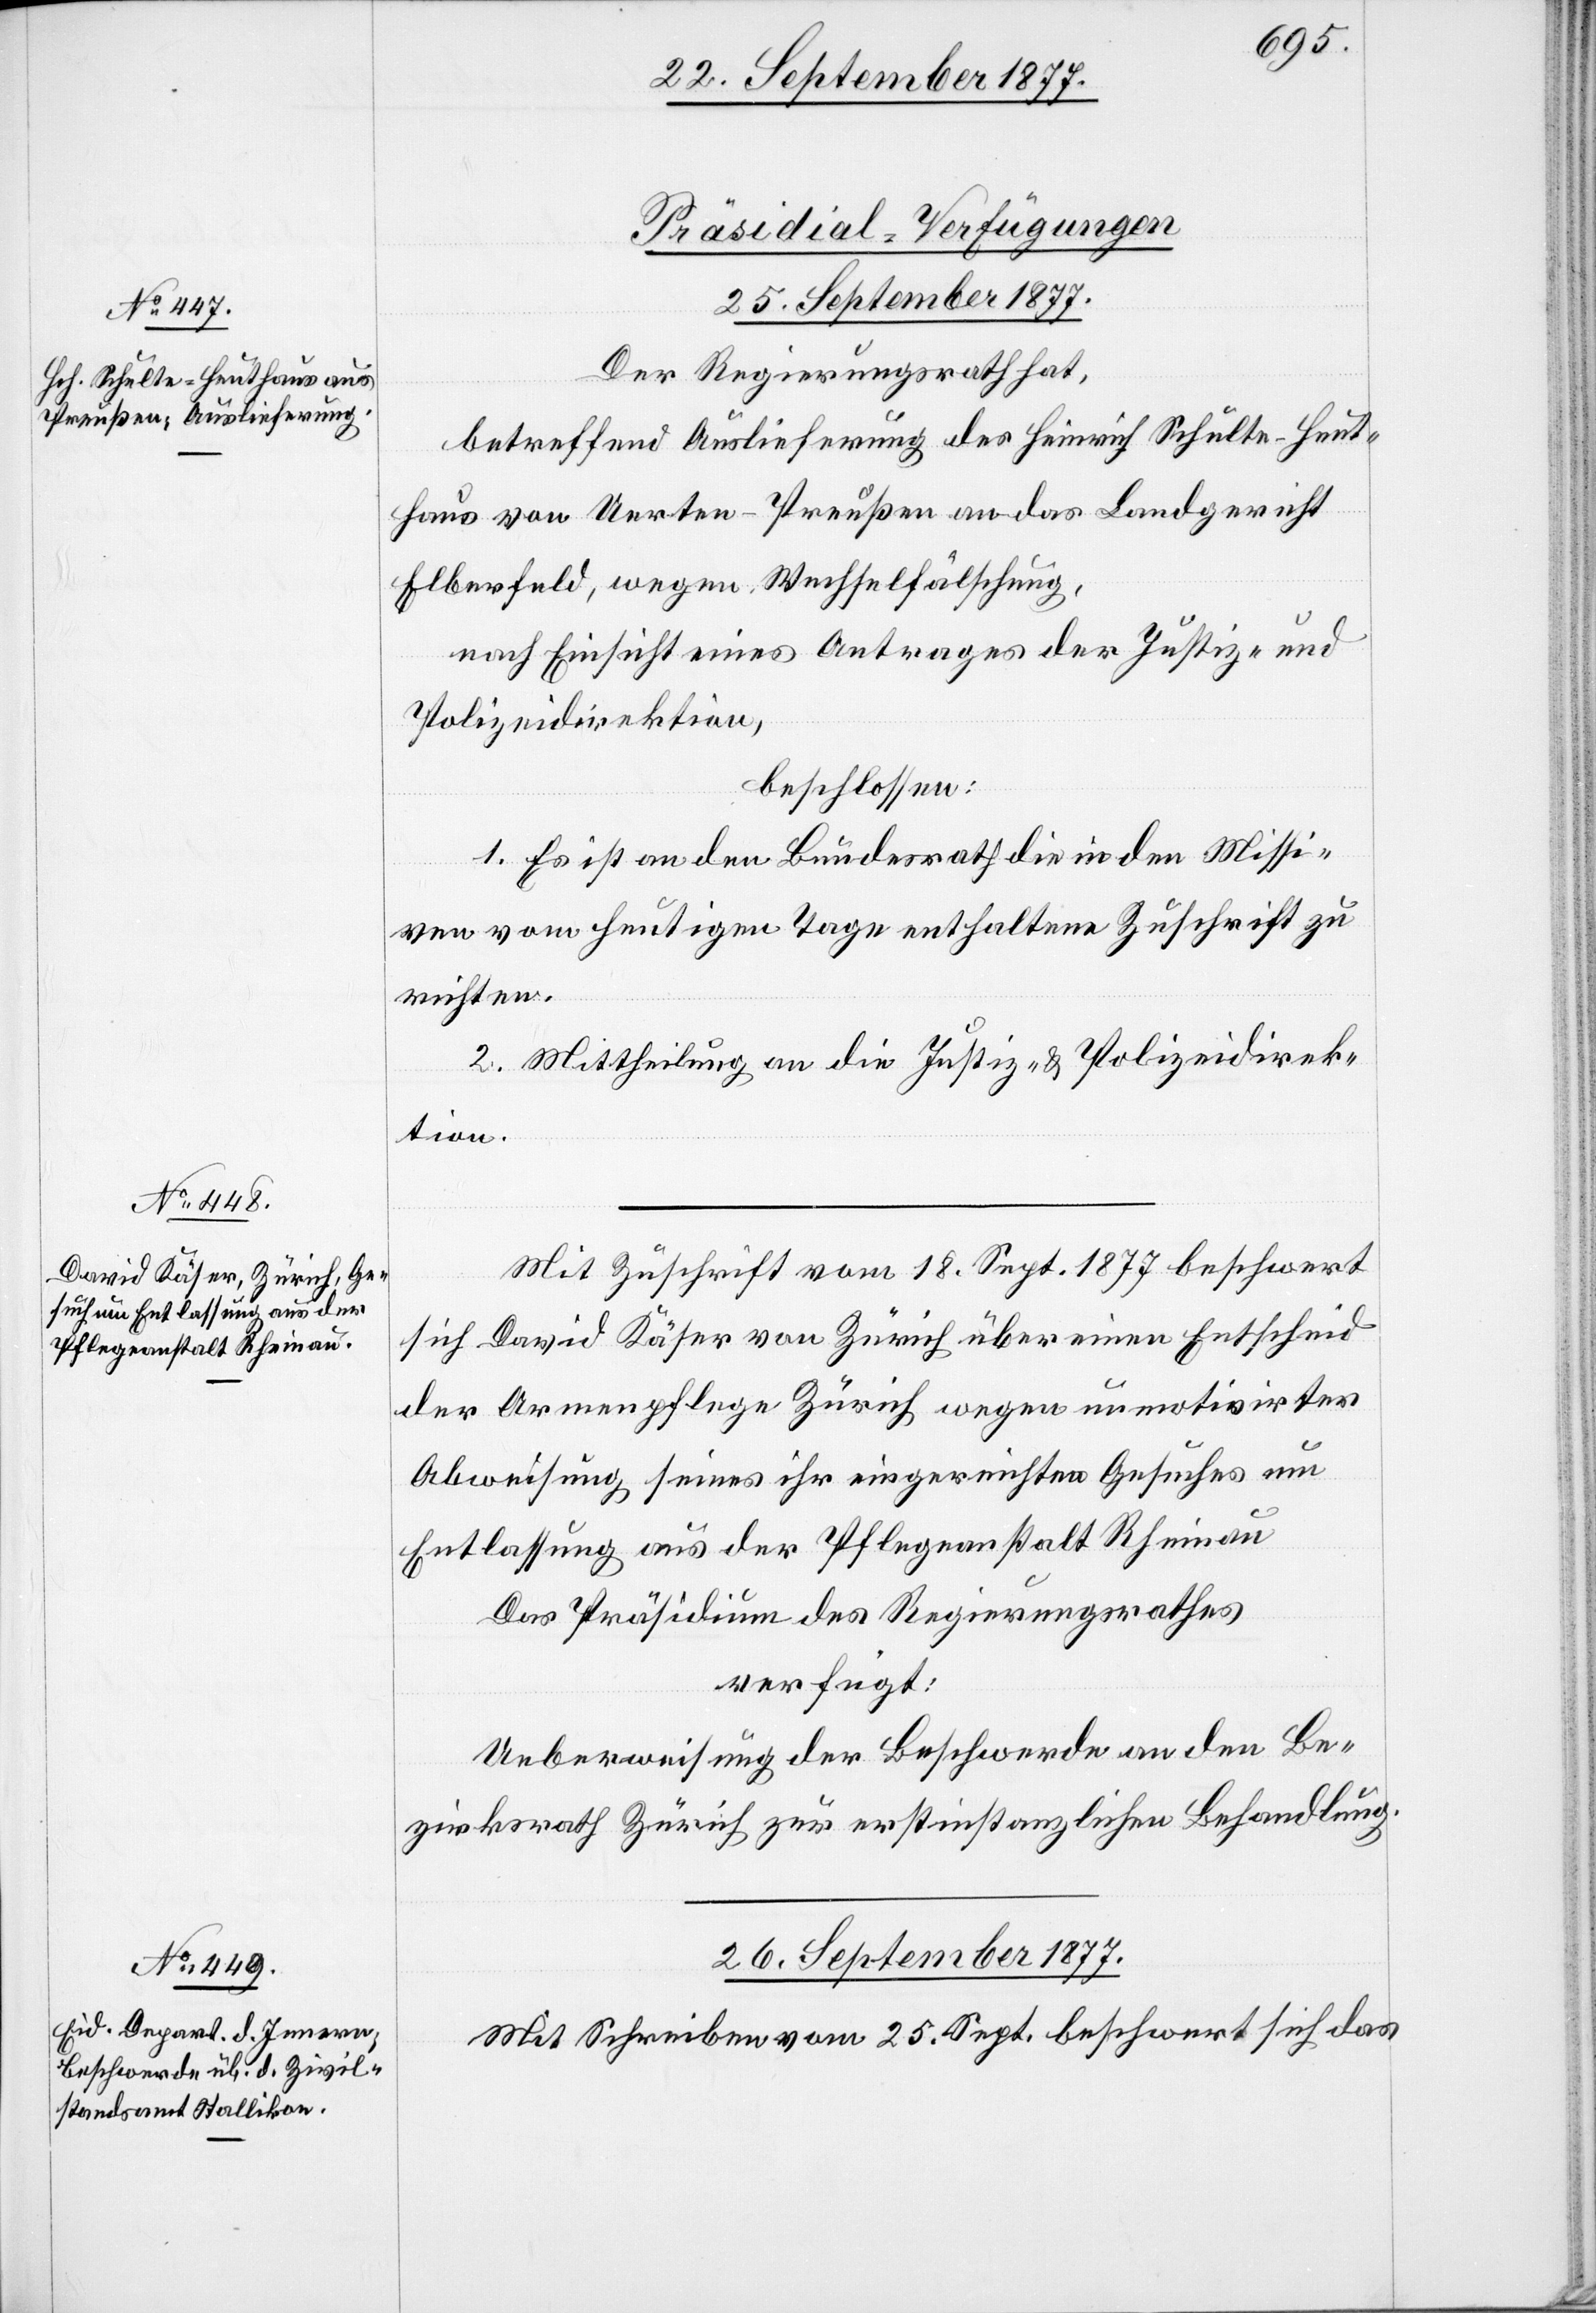
25. September 1877.]
[Präsidial-Verfügungen]
25. September 1877.
Der Regierungsrath hat,
betreffend Auslieferung des Heinrich Schulte-Heut¬
haus von Uerten - Preußen an das Landgericht
Elberfeld, wegen Wechselfälschung,
nach Einsicht eines Antrages der Justiz- und
Polizeidirektion,
beschlossen:
1. Es ist an den Bundesrath die in den Missi¬
ven vom heutigen Tage enthaltene Zuschrift zu
richten.
2. Mittheilung an die Justiz- & Polizeidirek¬
tion.
Mit Zuschrift vom 18. Sept. 1877 beschwert
sich David Käser von Zürich über einen Entscheid
der Armenpflege Zürich wegen unmotivirter
Abweisung seines ihr eingereichten Gesuches um
Entlassung aus der Pflegeanstalt Rheinau
Das Präsidium des Regierungsrathes
verfügt:
Ueberweisung der Beschwerde an den Be¬
zirksrath Zürich zur erstinstanzlichen Behandlung.
26. September 1877.
Mit Schreiben vom 25. Sept. beschwert sich das